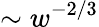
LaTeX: \sim w^{-2/3}